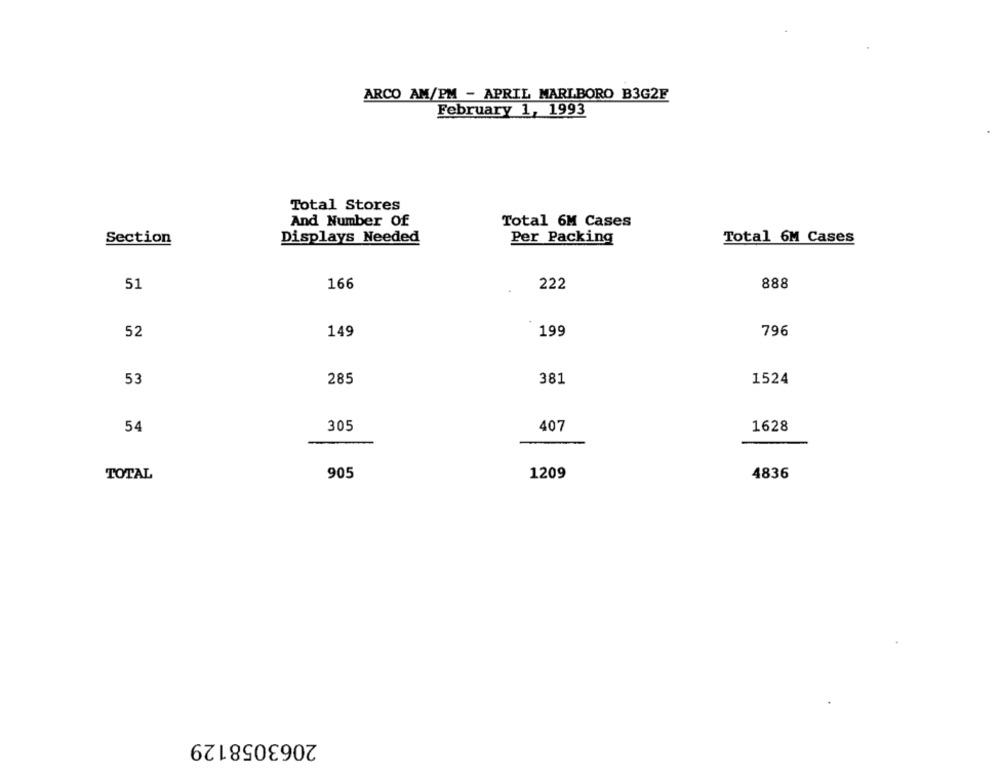
ARCO AM/PM - APRIL MARLBORO B3G2F
February 1, 1993
Total Stores
And Number Of
Total 6M Cases
Section
Displays Needed
Per Packing
Total 6M Cases
51
166
222
888
52
149
199
796
53
285
381
1524
54
305
407
1628
TOTAL
905
1209
4836
2063058129